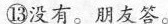
⑬没有。朋友答。